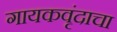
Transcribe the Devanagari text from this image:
गायकवृंदाचा